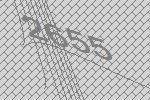
2655